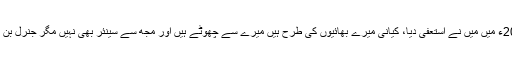
2008ء میں میں نے استعفیٰ دیا، کیانی میرے بھائیوں کی طرح ہیں میرے سے چھوٹے ہیں اور مجھ سے سینئر بھی نہیں مگر جنرل بن گئے۔